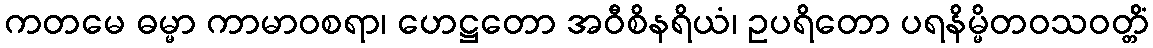
ကတမေ ဓမ္မာ ကာမာဝစရာ၊ ဟေဋ္ဌတော အဝီစိနရိယံ၊ ဥပရိတော ပရနိမ္မိတဝသဝတ္တိံ